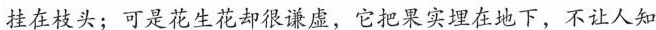
挂在枝头；可是花生花却很谦虚，它把果实埋在地下，不让人知